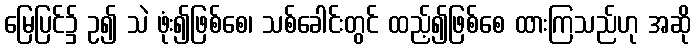
မြေပြင်၌ ဥ၍ သဲ ဖုံး၍ဖြစ်စေ၊ သစ်ခေါင်းတွင် ထည့်၍ဖြစ်စေ ထားကြသည်ဟု အဆို